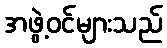
အဖွဲ့ဝင်များသည်